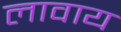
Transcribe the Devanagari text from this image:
लावाय